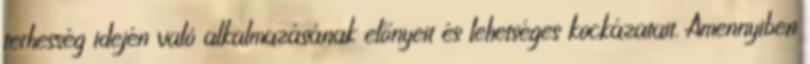
terhesség idején való alkalmazásának előnyeit és lehetséges kockázatait. Amennyiben